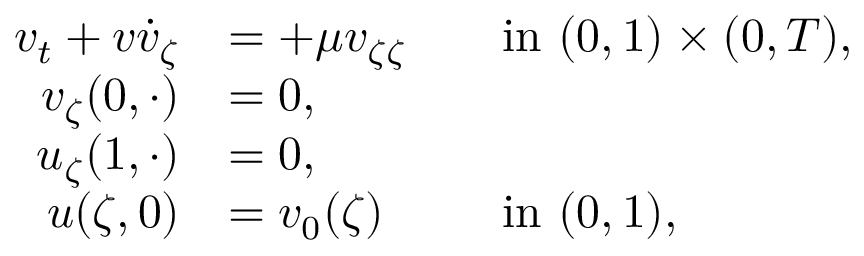
\begin{array} { r l r l } { v _ { t } + v \dot { v } _ { \zeta } } & { = + \mu v _ { \zeta \zeta } } & & { \mathrm { i n } ~ ( 0 , 1 ) \times ( 0 , T ) , } \\ { v _ { \zeta } ( 0 , \cdot ) } & { = 0 , } & & { } \\ { u _ { \zeta } ( 1 , \cdot ) } & { = 0 , } & & { } \\ { u ( \zeta , 0 ) } & { = v _ { 0 } ( \zeta ) } & & { \mathrm { i n } ~ ( 0 , 1 ) , } \end{array}